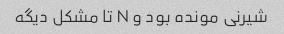
شیرنی مونده بود و N تا مشکل دیگه